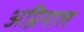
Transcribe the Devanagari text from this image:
अग्निनाल